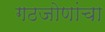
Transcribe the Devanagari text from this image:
गठजोणांचा